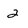
Character: 2